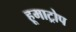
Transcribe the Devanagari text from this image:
हूमाट्रोप